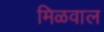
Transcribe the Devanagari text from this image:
मिळवाल